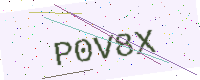
Text: P0V8X